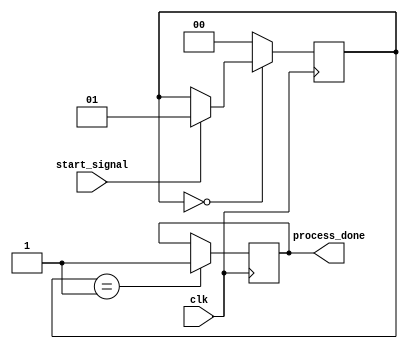
module WaitStatementExample(
    input wire clk,
    input wire start_signal,
    output reg process_done
);

// State enumeration
reg [1:0] state;
localparam IDLE = 2'b00,
           ACTIVE = 2'b01;

// Initial state
initial begin
    state = IDLE;
    process_done = 0;
end

// Process block
always @(posedge clk) begin
    case (state)
        IDLE: begin
            // Wait for start_signal to become true
            if (start_signal) begin
                // Once start_signal is true, move to ACTIVE state
                state <= ACTIVE;
            end
            // Remain in IDLE state if start_signal is false
        end
        
        ACTIVE: begin
            // Perform some processing here
            // Simulate processing duration
            process_done <= 1; // Indicate that the process is complete
            // Transition back to IDLE (or end the process)
            state <= IDLE; // Example: go back to IDLE after processing
        end
        
        default: state <= IDLE; // Default case for safety
    endcase
end

endmodule